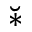
\breve { * }